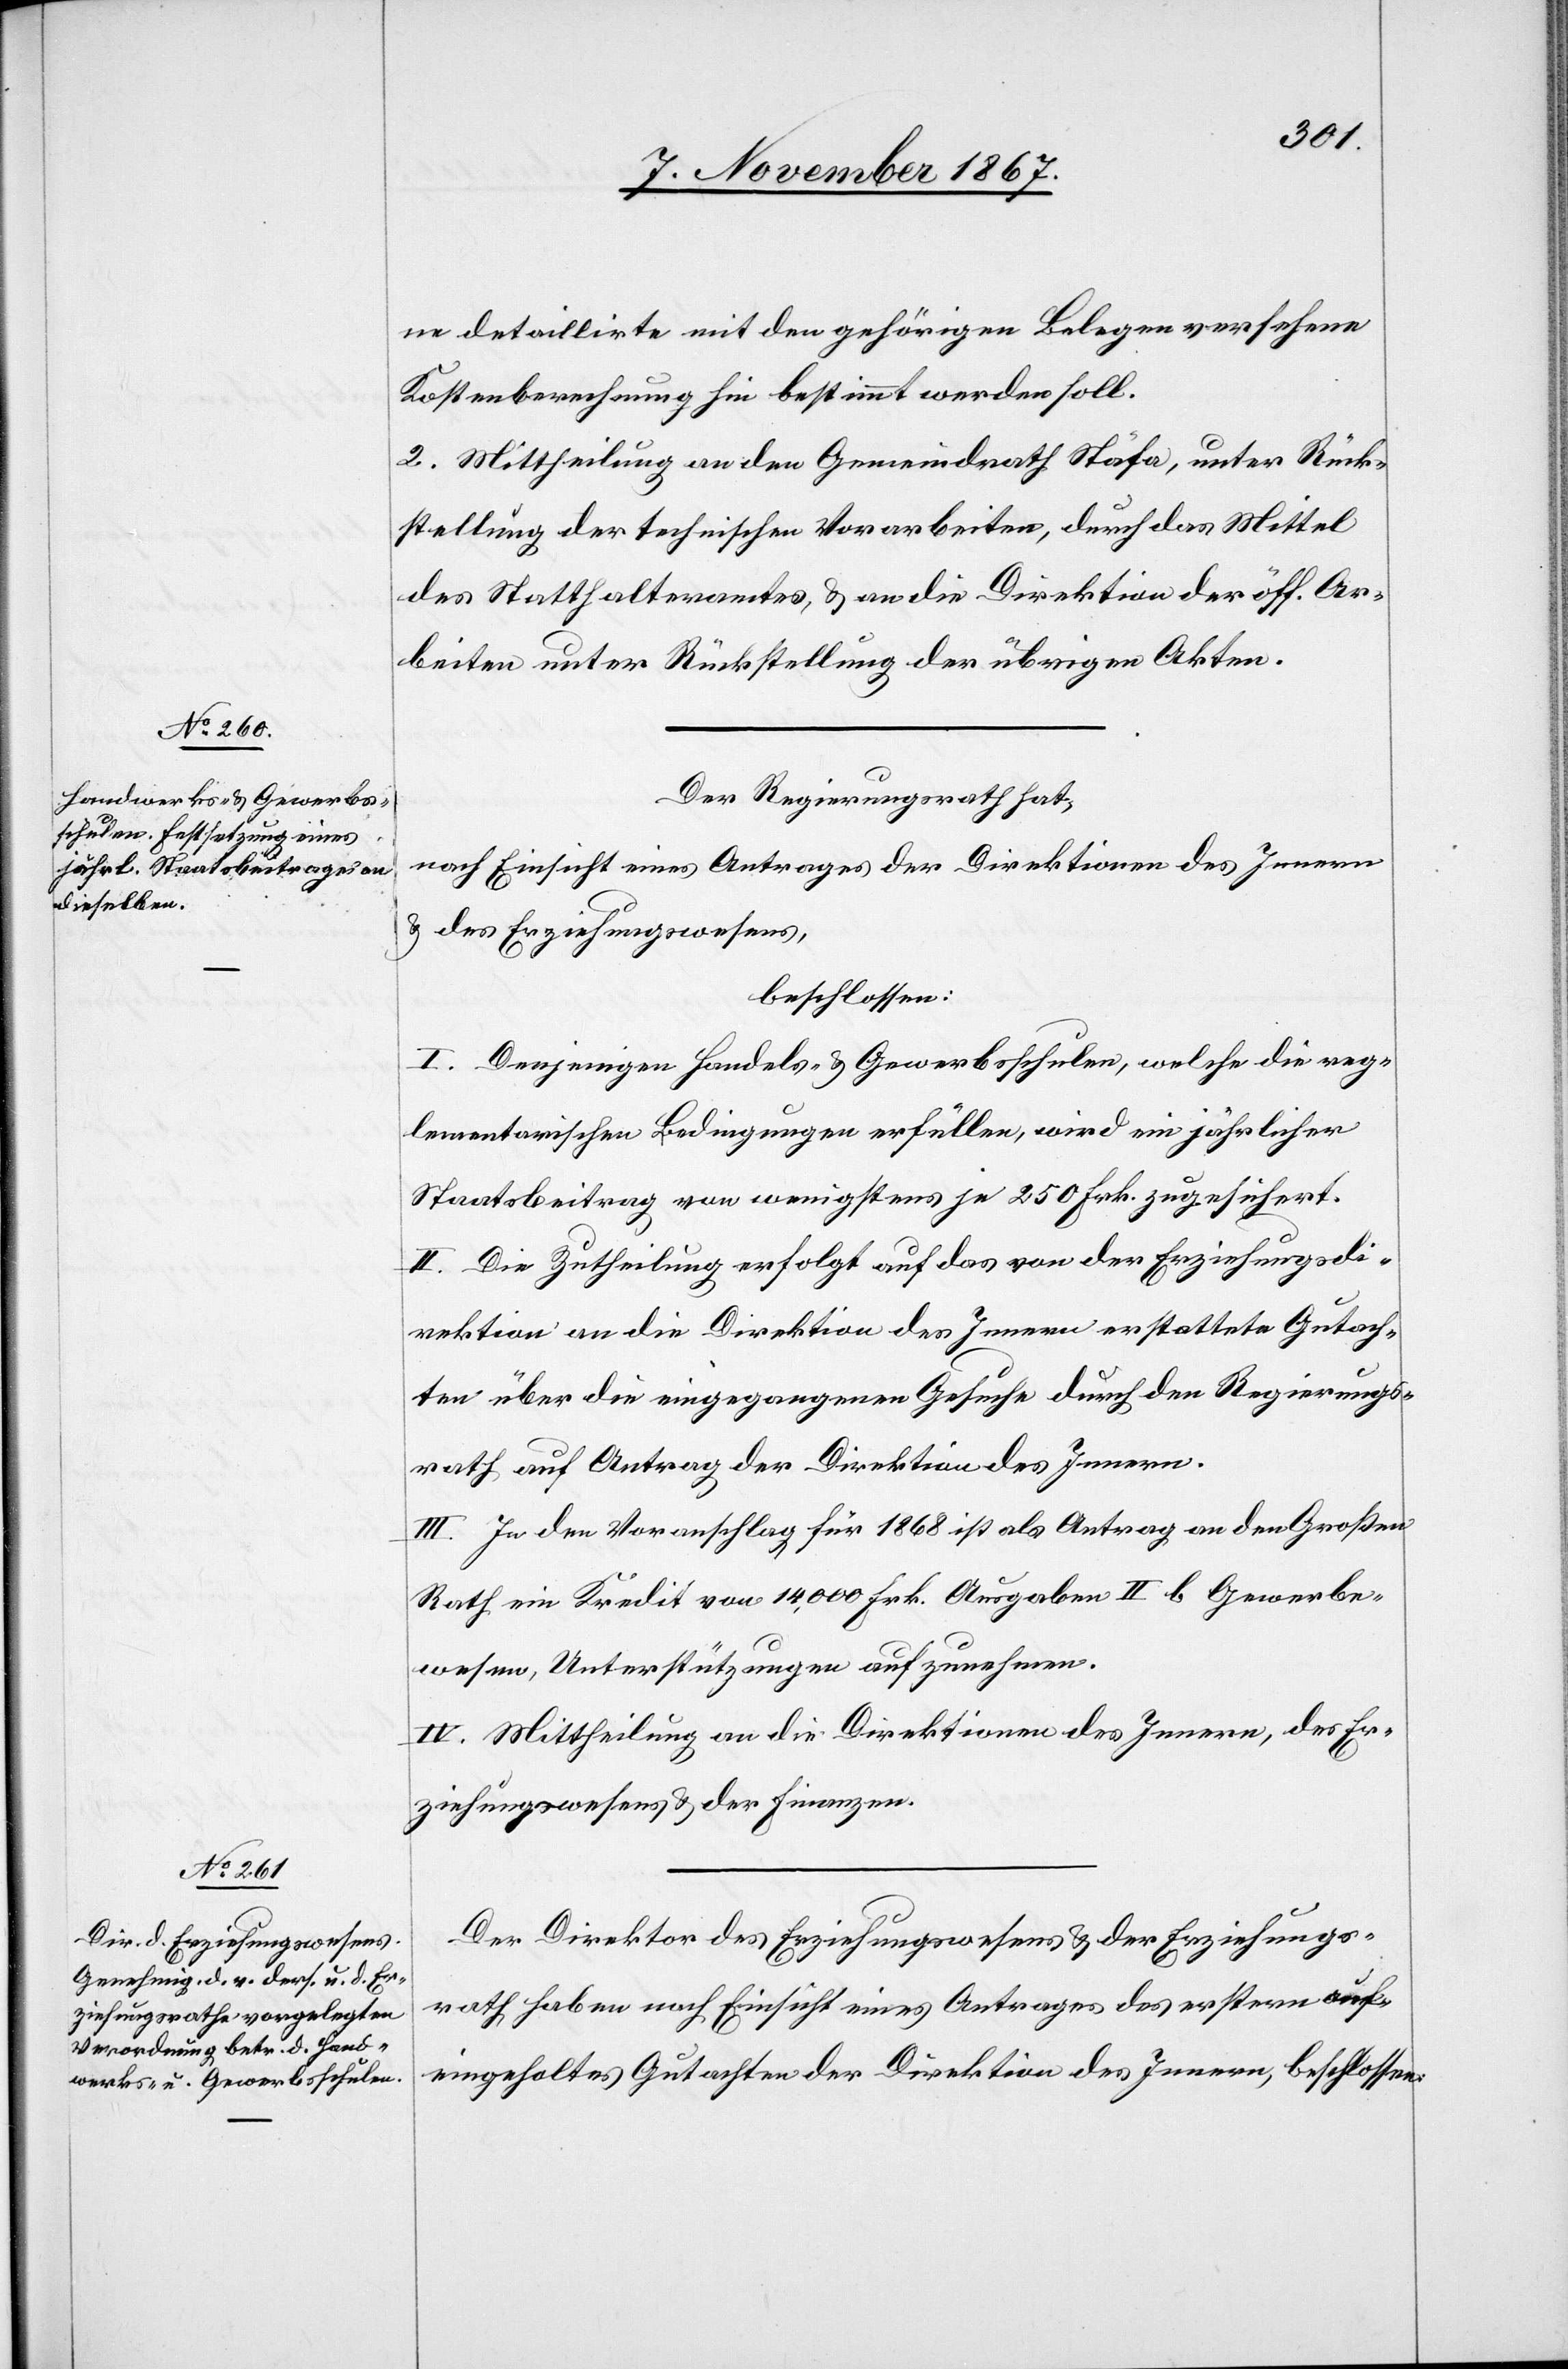
ne detaillirte mit den gehörigen Belegen versehene
Kostenberechnung hin bestimmt werden soll.
2. Mittheilung an den Gemeindrath Stäfa, unter Rück¬
stellung der technischen Vorarbeiten, durch das Mittel
des Statthalteramtes, u. an die Direktion der öff. Ar¬
beiten unter Rückstellung der übrigen Akten.
Der Regierungsrath hat,
nach Einsicht eines Antrages der Direktionen des Innern
u. des Erziehungswesens,
beschlossen:
I. Denjenigen Handels- u. Gewerbsschulen, welche die reg¬
lementarischen Bedingungen erfüllen, wird ein jährlicher
Staatsbeitrag von wenigstens 250 Frk. zugesichert.
II. Die Zutheilung erfolgt auf das von der Erziehungsdi¬
rektion an die Direktion des Innern erstattete Gutach¬
ten über die eingegangenen Gesuche durch den Regierungs¬
rath auf Antrag der Direktion des Innern.
III. In den Voranschlag für 1868 ist als Antrag an den Großen
Rath ein Kredit von 14 000 Frk. Ausgaben II b Gewerbs¬
wesen, Unterstützungen aufzunehmen.
IV. Mittheilung an die Direktionen des Innern, der Er¬
ziehungswesens u. der Finanzen.
Der Direktor des Erziehungswesens u. der Erziehungs¬
rath haben nach Einsicht eines Antrages der erstern auf
eingeholtes Gutachten der Direktion des Innern, beschlossen: